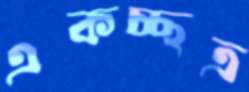
একচ্ছত্র